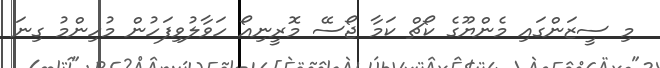
މި ސީޒަންގައި މެންޔޫގެ ކޯޗް ކަމާ ޖޯސޭ މޮރީނިއޯ ހަވާލުވިފަހުން މުހިންމު ގިނަ